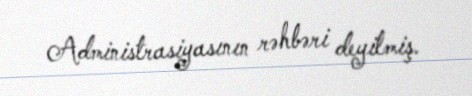
Administrasiyasının rəhbəri deyilmiş.